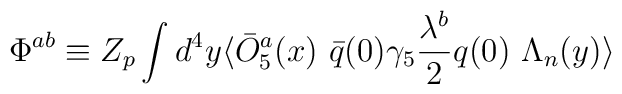
\Phi^{ab} \equiv Z_p\int d^4 y\langle\bar O^a_5(x) \ \bar q(0) \gamma_5 {\lambda^b \over 2} q(0) \ \Lambda_n (y)\rangle